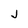
Character: J